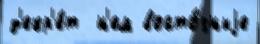
д'екр'е́т  н'ем восто́чныjе